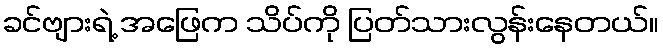
ခင်ဗျားရဲ့ အဖြေက သိပ်ကို ပြတ်သားလွန်းနေတယ်။